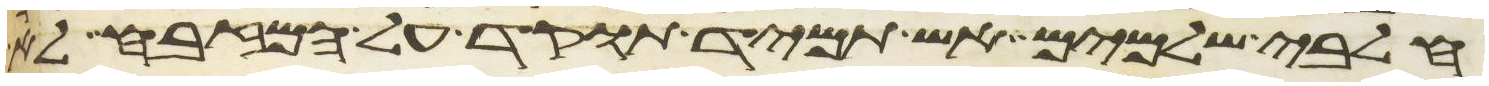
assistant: חלבי שלמים אש תמיד תוקד על המזבח לא